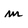
Character: m